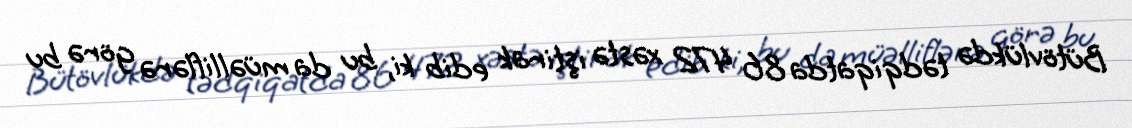
Bütövlükdə tədqiqatda 86 472 xəstə iştirak edib ki, bu da müəlliflərə görə bu